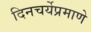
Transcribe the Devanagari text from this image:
दिनचर्येप्रमाणे